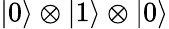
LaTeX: \left|0\right\rangle\otimes\left|1\right\rangle\otimes\left|0\right\rangle